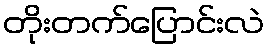
တိုးတက်ပြောင်းလဲ